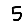
Digit: 5